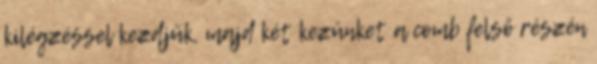
kilégzéssel kezdjük, majd két kezünket a comb felső részén